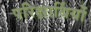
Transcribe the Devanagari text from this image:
परिक्षार्थियों